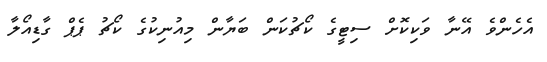
އެހެންވެ އޭނާ ވަކިކޮށް ސިޓީގެ ކޯޗުކަން ބަޔާން މިއުނިކުގެ ކޯޗު ޕެޕް ގާޑިއޯލާ